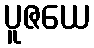
ပူဇယေ